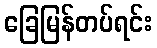
ခြေမြန်တပ်ရင်း